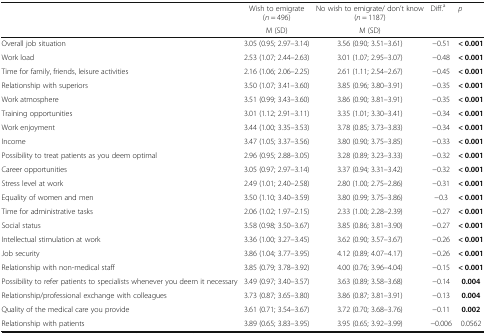
<table><thead><tr><td></td><td><b>Wish to emigrate (<i>n</i> = 496)</b></td><td><b>No wish to emigrate/ don’t know (<i>n</i> = 1187)</b></td><td><b>Diff.<sup>a</sup></b></td><td><b><i>p</i></b></td></tr><tr><td></td><td><b>M (SD)</b></td><td><b>M (SD)</b></td><td></td><td></td></tr></thead><tbody><tr><td>Overall job situation</td><td>3.05 (0.95; 2.97–3.14)</td><td>3.56 (0.90; 3.51–3.61)</td><td>−0.51</td><td><b>&lt; 0.001</b></td></tr><tr><td>Work load</td><td>2.53 (1.07; 2.44–2.63)</td><td>3.01 (1.07; 2.95–3.07)</td><td>−0.48</td><td><b>&lt; 0.001</b></td></tr><tr><td>Time for family, friends, leisure activities</td><td>2.16 (1.06; 2.06–2.25)</td><td>2.61 (1.11; 2.54–2.67)</td><td>−0.45</td><td><b>&lt; 0.001</b></td></tr><tr><td>Relationship with superiors</td><td>3.50 (1.07; 3.41–3.60)</td><td>3.85 (0.96; 3.80–3.91)</td><td>−0.35</td><td><b>&lt; 0.001</b></td></tr><tr><td>Work atmosphere</td><td>3.51 (0.99; 3.43–3.60)</td><td>3.86 (0.90; 3.81–3.91)</td><td>−0.35</td><td><b>&lt; 0.001</b></td></tr><tr><td>Training opportunities</td><td>3.01 (1.12; 2.91–3.11)</td><td>3.35 (1.01; 3.30–3.41)</td><td>−0.34</td><td><b>&lt; 0.001</b></td></tr><tr><td>Work enjoyment</td><td>3.44 (1.00; 3.35–3.53)</td><td>3.78 (0.85; 3.73–3.83)</td><td>−0.34</td><td><b>&lt; 0.001</b></td></tr><tr><td>Income</td><td>3.47 (1.05; 3.37–3.56)</td><td>3.80 (0.90; 3.75–3.85)</td><td>−0.33</td><td><b>&lt; 0.001</b></td></tr><tr><td>Possibility to treat patients as you deem optimal</td><td>2.96 (0.95; 2.88–3.05)</td><td>3.28 (0.89; 3.23–3.33)</td><td>−0.32</td><td><b>&lt; 0.001</b></td></tr><tr><td>Career opportunities</td><td>3.05 (0.97; 2.97–3.14)</td><td>3.37 (0.94; 3.31–3.42)</td><td>−0.32</td><td><b>&lt; 0.001</b></td></tr><tr><td>Stress level at work</td><td>2.49 (1.01; 2.40–2.58)</td><td>2.80 (1.00; 2.75–2.86)</td><td>−0.31</td><td><b>&lt; 0.001</b></td></tr><tr><td>Equality of women and men</td><td>3.50 (1.10; 3.40–3.59)</td><td>3.80 (0.99; 3.75–3.86)</td><td>−0.3</td><td><b>&lt; 0.001</b></td></tr><tr><td>Time for administrative tasks</td><td>2.06 (1.02; 1.97–2.15)</td><td>2.33 (1.00; 2.28–2.39)</td><td>−0.27</td><td><b>&lt; 0.001</b></td></tr><tr><td>Social status</td><td>3.58 (0.98; 3.50–3.67)</td><td>3.85 (0.86; 3.81–3.90)</td><td>−0.27</td><td><b>&lt; 0.001</b></td></tr><tr><td>Intellectual stimulation at work</td><td>3.36 (1.00; 3.27–3.45)</td><td>3.62 (0.90; 3.57–3.67)</td><td>−0.26</td><td><b>&lt; 0.001</b></td></tr><tr><td>Job security</td><td>3.86 (1.04; 3.77–3.95)</td><td>4.12 (0.89; 4.07–4.17)</td><td>−0.26</td><td><b>&lt; 0.001</b></td></tr><tr><td>Relationship with non-medical staff</td><td>3.85 (0.79; 3.78–3.92)</td><td>4.00 (0.76; 3.96–4.04)</td><td>−0.15</td><td><b>&lt; 0.001</b></td></tr><tr><td>Possibility to refer patients to specialists whenever you deem it necessary</td><td>3.49 (0.97; 3.40–3.57)</td><td>3.63 (0.89; 3.58–3.68)</td><td>−0.14</td><td><b>0.004</b></td></tr><tr><td>Relationship/professional exchange with colleagues</td><td>3.73 (0.87; 3.65–3.80)</td><td>3.86 (0.87; 3.81–3.91)</td><td>−0.13</td><td><b>0.004</b></td></tr><tr><td>Quality of the medical care you provide</td><td>3.61 (0.71; 3.54–3.67)</td><td>3.72 (0.70; 3.68–3.76)</td><td>−0.11</td><td><b>0.002</b></td></tr><tr><td>Relationship with patients</td><td>3.89 (0.65; 3.83–3.95)</td><td>3.95 (0.65; 3.92–3.99)</td><td>−0.006</td><td>0.0562</td></tr></tbody></table>